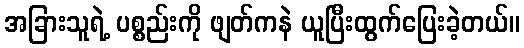
အခြားသူရဲ့ ပစ္စည်းကို ဖျတ်ကနဲ ယူပြီးထွက်ပြေးခဲ့တယ်။